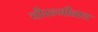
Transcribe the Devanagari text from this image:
चौरन्गीनाथ